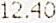
12.40